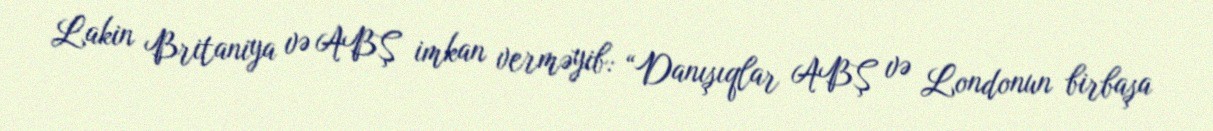
Lakin Britaniya və ABŞ imkan verməyib: “Danışıqlar ABŞ və Londonun birbaşa